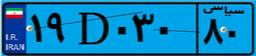
۱۹D۰۳۰۸۰